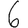
Digit: 6